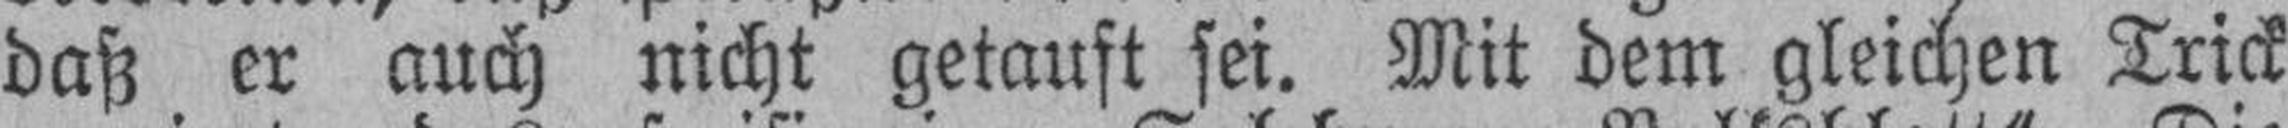
daß er auch nicht getauft sei. Mit dem gleichen Trick